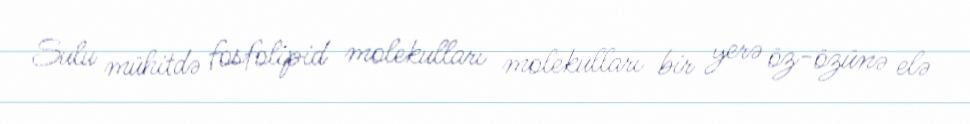
Sulu mühitdə fosfolipid molekulları molekulları bir yerə öz-özünə elə